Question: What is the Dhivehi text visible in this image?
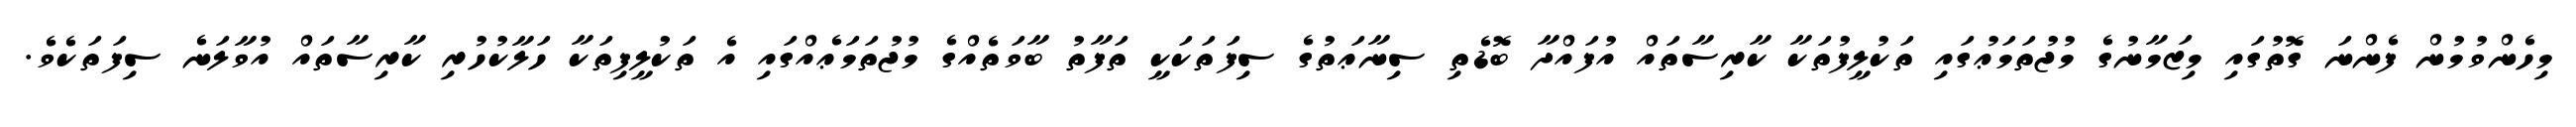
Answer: މިހެންވުމުން ފެންނަ ގޮތުގައި މިޒަމާނުގެ މުޖުތަމަޢުގައި ތަކުލީފުތަކާ ކާރިސާތައް އުފައްދާ ބޮޑެތި ސިނާޢަތުގެ ސިފަތަކަކީ ތަފާތު ބާވަތެއްގެ މުޖުތަމަޢެއްގައި އެ ތަކުލީފިތަކާ ހަލާކުހުރި ކާރިސާތައް އުވާލަނެ ސިފަތަކެވެ.